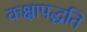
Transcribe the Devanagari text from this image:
कक्षापद्धति